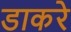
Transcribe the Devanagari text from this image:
डाकरे